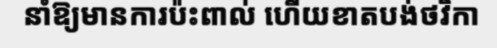
នាំឱ្យមានការប៉ះពាល់ ហើយខាតបង់ថវិកា